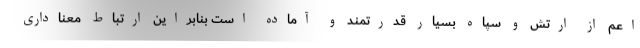
اعم از ارتش و سپاه بسیار قدرتمند و آماده است بنابراین ارتباط معناداری